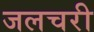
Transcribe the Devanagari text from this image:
जलचरी